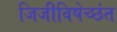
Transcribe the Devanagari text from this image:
जिजीविषेच्छंत